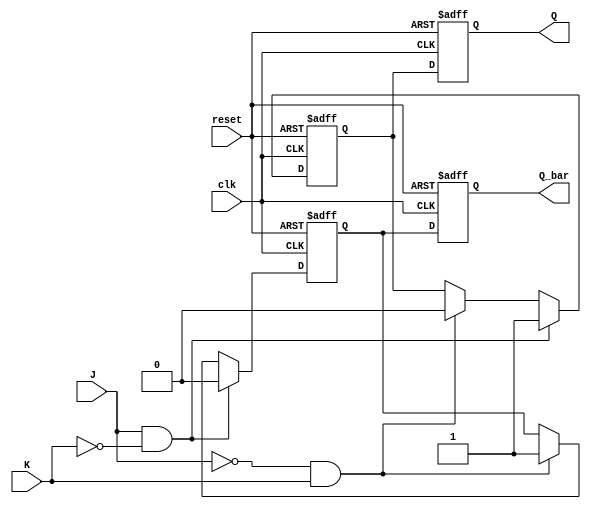
module jk_flipflop(
    input J, K, clk, reset,
    output reg Q, Q_bar
);

reg master_Q, master_Q_bar;

always @(posedge clk or posedge reset) begin
    if(reset) begin
        master_Q <= 1'b0;
        master_Q_bar <= 1'b1;
    end
    else begin
        if(J & ~K) begin
            master_Q <= 1'b1;
            master_Q_bar <= 1'b0;
        end
        else if(~J & K) begin
            master_Q <= 1'b0;
            master_Q_bar <= 1'b1;
        end
    end
end

always @(posedge clk or posedge reset) begin
    if(reset) begin
        Q <= 1'b0;
        Q_bar <= 1'b1;
    end
    else begin
        Q <= master_Q;
        Q_bar <= master_Q_bar;
    end
end

endmodule